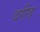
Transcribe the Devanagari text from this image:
दरीद